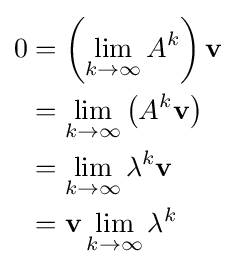
{\begin{aligned}0&=\left(\lim _{k\to \infty }A^{k}\right)\mathbf {v} \\&=\lim _{k\to \infty }\left(A^{k}\mathbf {v} \right)\\&=\lim _{k\to \infty }\lambda ^{k}\mathbf {v} \\&=\mathbf {v} \lim _{k\to \infty }\lambda ^{k}\end{aligned}}